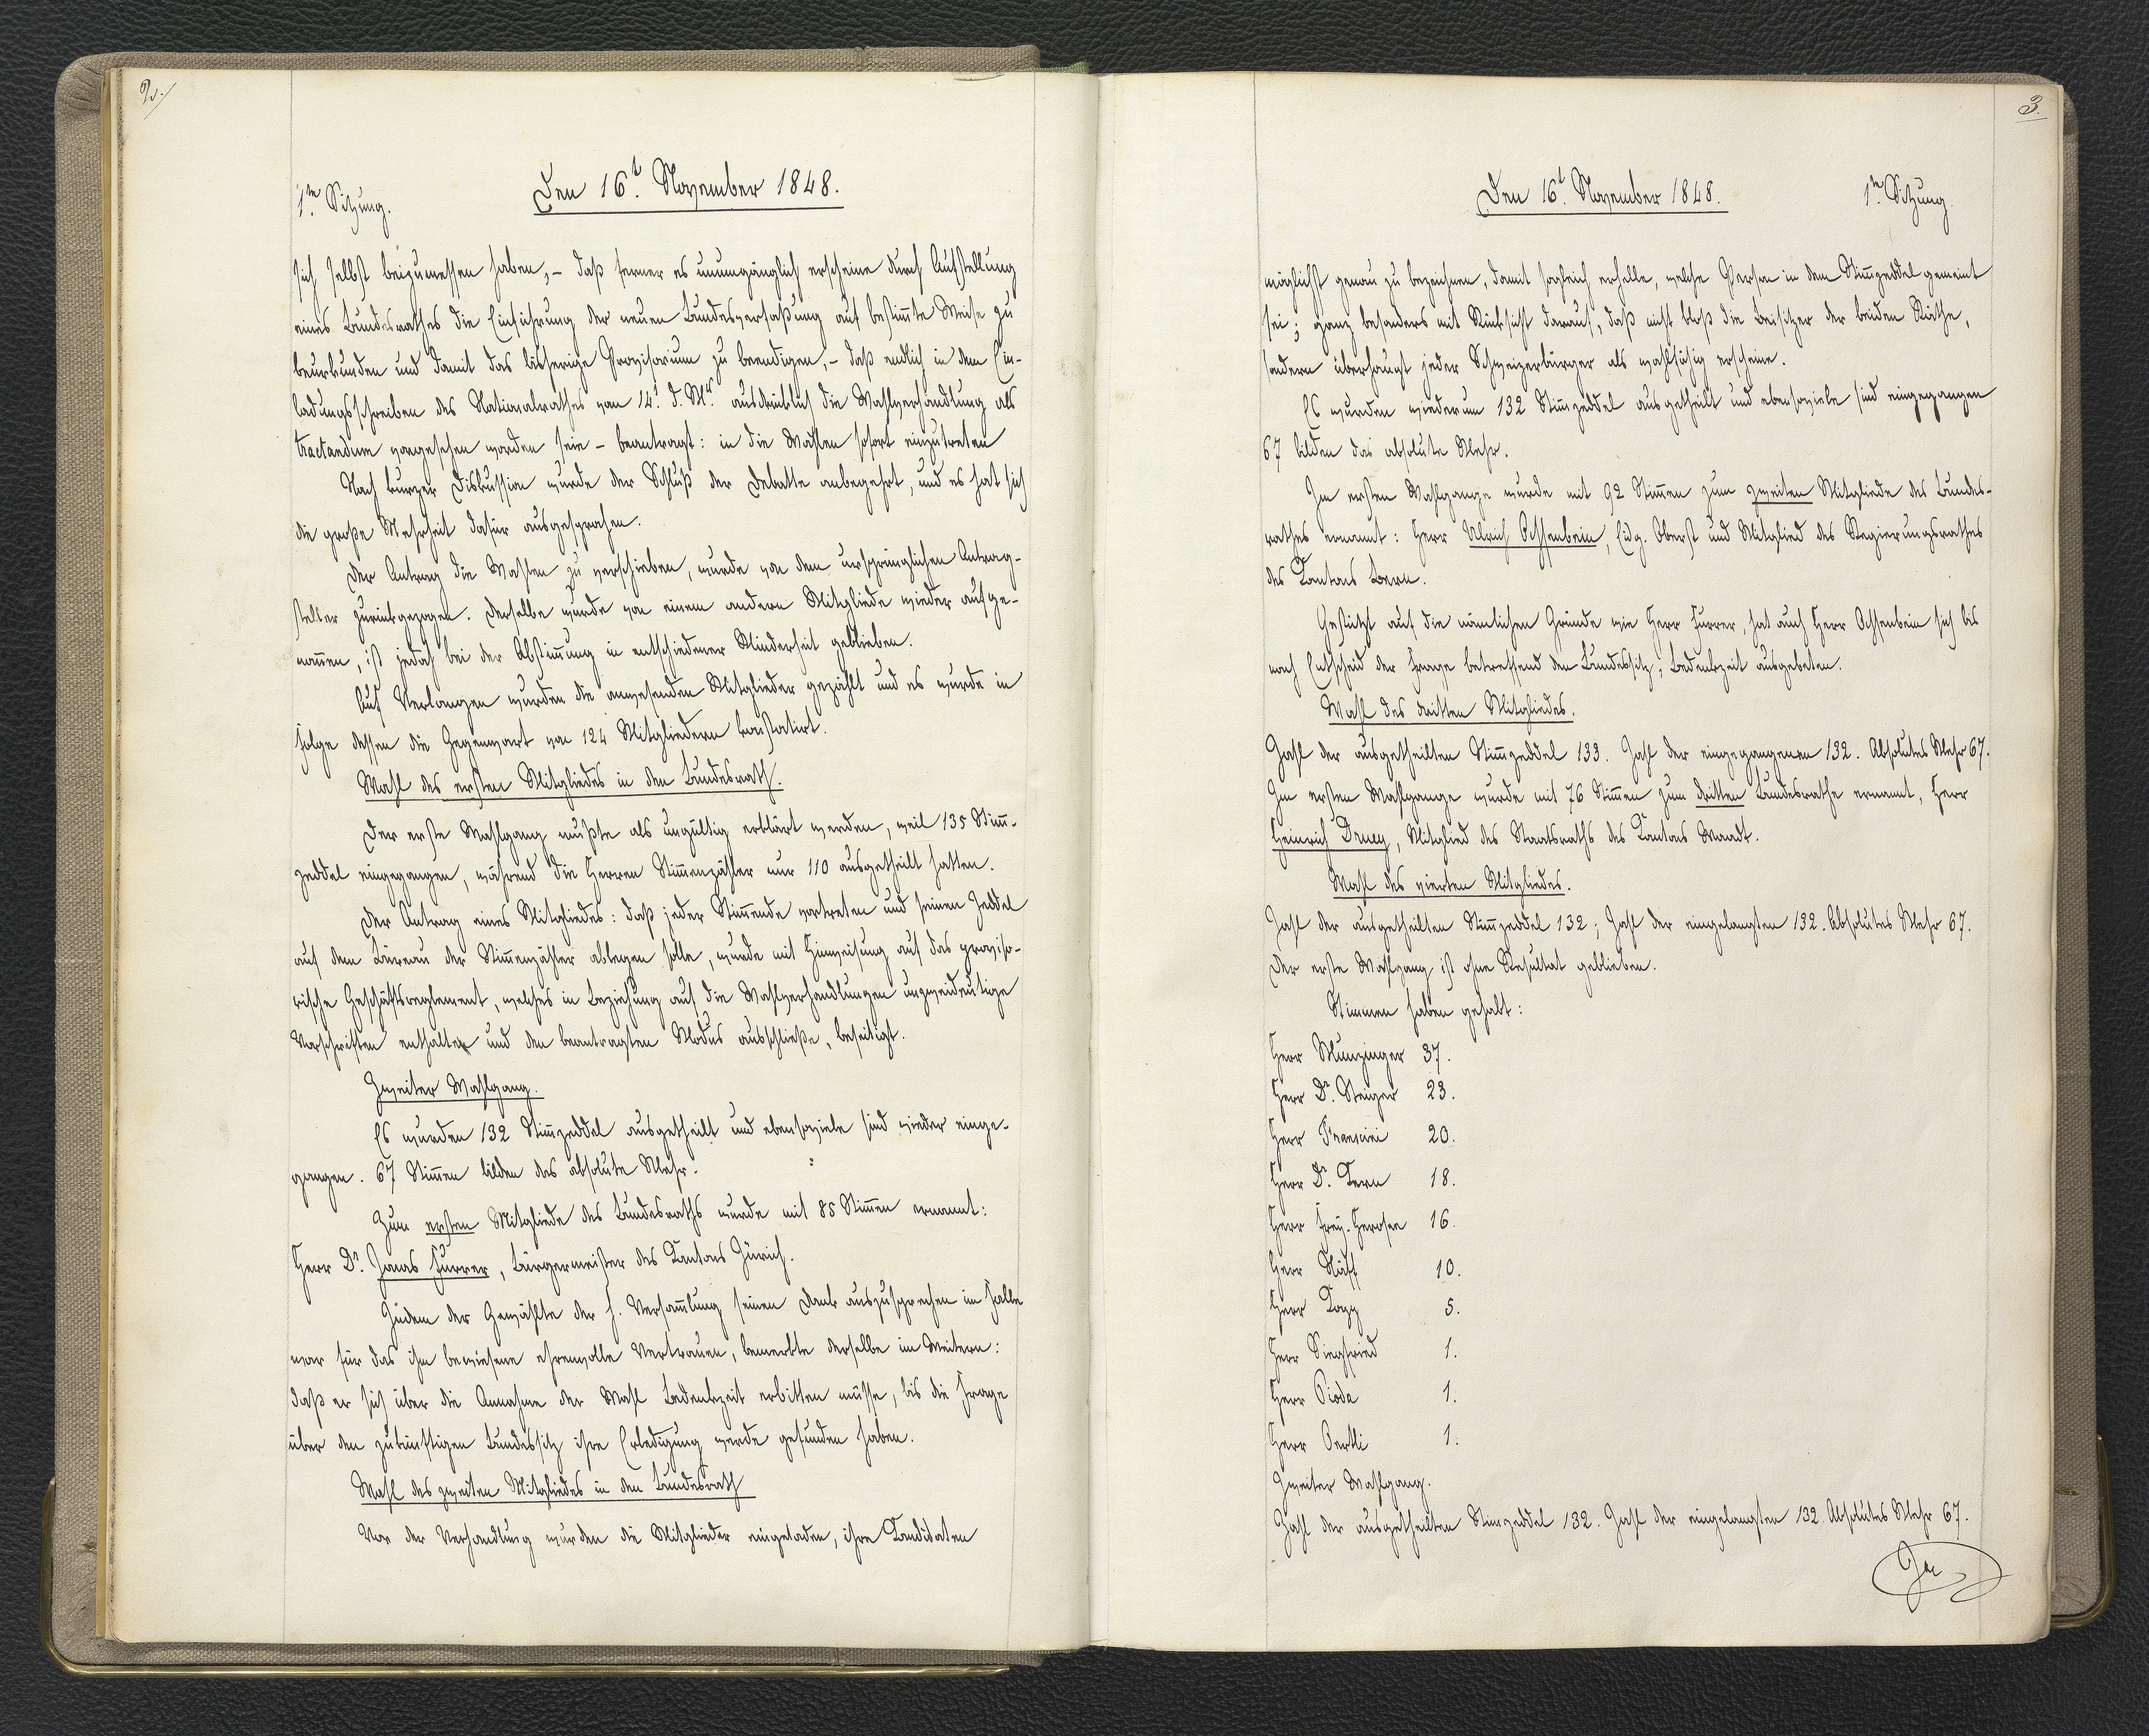
2.

1.te Sitzung.
Den 16.t November 1848.

sich selbst beizumessen haben, - daß ferner es unumgänglich erscheine durch Aufstellung
eines Bundesrathes die Einführung der neuen Bundesverfaßung auf bestimmte Weise zu
beurkunden und damit das bisherige Provisorium zu beendigen, - daß endlich in dem Ein¬
ladungsschreiben des Nationalrathes vom 14.t d. M. ausdrücklich die Wahlverhandlung als
Tractandum vorgesehen worden sein - beantragt: in die Wahlen sofort einzutreten
Nach kurzer Diskussion wurde der Schluß der Debatte anbegehrt, und es hat sich
die große Mehrheit dafür ausgesprochen.
Der Antrag die Wahlen zu verschieben, wurde von dem ursprünglichen Antrag¬
steller zurückgezogen. Derselbe wurde von einem andern Mitgliede wieder aufge¬
nommen, ist jedoch bei der Abstimmung in entschiedener Minderheit geblieben.
Auf Verlangen wurden die anwesenden Mitglieder gezählt und es wurde in
Folge dessen die Gegenwart von 124 Mitgliedern konstatirt.
Wahl des ersten Mitgliedes in den Bundesrath.
Der erste Wahlgang mußte als ungültig erklärt werden, weil 135 Stimm¬
zeddel eingegangen, während die Herren Stimmenzähler nur 110 ausgetheilt hatten.
Der Antrag eines Mitgliedes: daß jeder Stimmende vortreten und seinen Zeddel
auf dem Büreau der Stimmenzähler ablegen solle, wurde mit Hinweisung auf das proviso¬
rische Geschäftsreglement, welches in Beziehung auf die Wahlverhandlungen unzweideutige
Vorschriften enthalten und den beantragten Modus ausschließe, beseitigt.
Zweiter Wahlgang.
Es wurden 132 Stimmzeddel ausgetheilt und ebensoviele sind wieder einge¬
gangen. 67 Stimmen bilden das absolute Mehr.
Zum ersten Mitgliede des Bundesraths wurde mit 85 Stimmen ernannt:
Herr Dr. Jonas Furrer, Bürgermeister des Kantons Zürich.
Indem der Gewählte der h. Versammlung seinen Dank auszusprechen im Falle
war für das ihm bewiesene ehrenvolle Vertrauen, bemerkte derselbe im Weitern:
daß er sich über die Annahme der Wahl Bedenkzeit erbitten müsse, bis die Frage
über den zukünftigen Bundessitz ihre Erledigung werde gefunden haben.
Wahl des zweiten Mitgliedes in den Bundesrath
Vor der Verhandlung wurden die Mitglieder eingeladen, ihre Kanditaten

3.

Den 16.t November 1848.
1.te Sitzung

möglichst genau zu bezeichnen, damit sogleich erhelle, welche Person in dem Stimmzeddel gemeint
sei; ganz besonders mit Rücksicht darauf, daß nicht bloß die Besitzer der beiden Räthe,
sondern überhaupt jeder Schweizerbürger als wahlfähig erscheine.
Es wurden wiederum 132 Stimmzeddel ausgetheilt und ebensoviele sind eingegangen
67 bilden das absolute Mehr.
Im ersten Wahlgange wurde mit 92 Stimmen zum zweiten Mitgliede des Bundes¬
rathes ernannt: Herr Ulrich Ochsenbein, Eidg. Oberst und Mitglied des Regierungsrathes
des Kantons Bern.
Gestützt auf die nämlichen Gründe wie Herr Furrer, hat auch Herr Ochsenbein sich bis
nach Entscheid der Frage betreffend den Bundessitz, Bedenkzeit ausgeboten.
Wahl des dritten Mitgliedes.
Zahl der ausgetheilten Stimmzeddel 133. Zahl der eingegangenen 132. Absolutes Mehr 67.
Im ersten Wahlgange wurde mit 76 Stimmen zum dritten Bundesrathe ernannt, Herr
Heinrich Druey, Mitglied des Staatsraths des Kantons Waadt.
Wahl des vierten Mitgliedes.
Zahl der ausgetheilten Stimmzeddel 132; Zahl der eingelangten 132. Absolutes Mehr 67.
Der erste Wahlgang ist ohne Resultat geblieben.
Stimmen haben gehabt:
Herr Munzinger 37.
Herr Dr. Steiger 23.
Herr Franscini 20.
Herr Dr. Kern 18.
Herr Frey-Herosee 16.
Herr Näff 10.
Herr Kopp 5.
Herr Siegfried 1.
Herr Pioda 1.
Herr Oertli 1.
Zweiter Mahlgang.
Zahl der ausgetheilten Stimmzeddel 132. Zahl der eingelangten 132. Absolutes Mehr 67.
Im